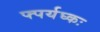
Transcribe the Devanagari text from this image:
फ्पर्यघ्कः